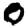
Digit: 0